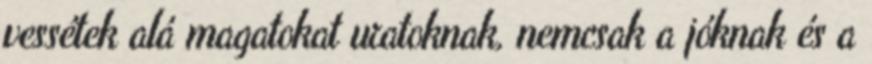
vessétek alá magatokat uratoknak, nemcsak a jóknak és a